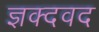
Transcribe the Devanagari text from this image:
ज्ञक्दवद